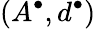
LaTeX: (A^{\bullet},d^{\bullet})